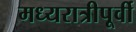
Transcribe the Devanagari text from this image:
मध्यरात्रीपूर्वी